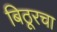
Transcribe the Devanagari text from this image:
बिठूरचा